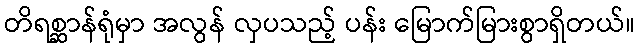
တိရစ္ဆာန်ရုံမှာ အလွန် လှပသည့် ပန်း မြောက်မြားစွာရှိတယ်။